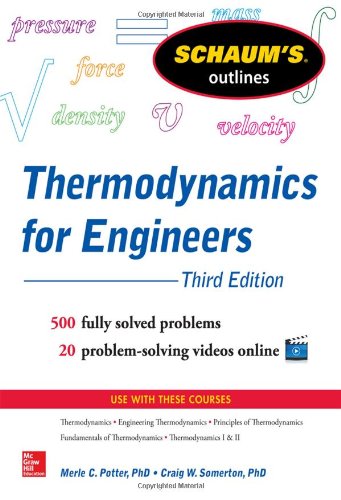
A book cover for Schaum's Outline of Thermodynamics for Engineers, 3rd Edition (Schaum's Outlines); Merle Potter; Test Preparation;